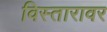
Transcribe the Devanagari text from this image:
विस्तारावर